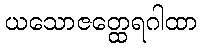
ယသောဇတ္ထေရဂါထာ